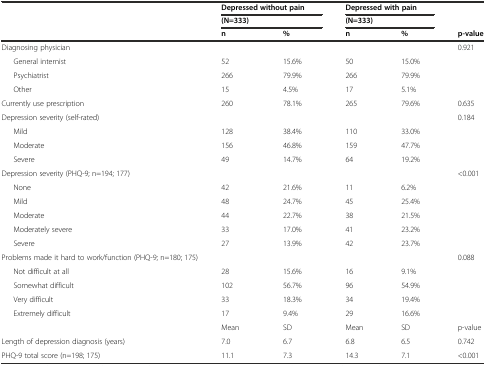
<table><thead><tr><td></td><td colspan="2"><b>Depressed without pain</b></td><td colspan="2"><b>Depressed with pain</b></td><td></td></tr><tr><td></td><td colspan="2"><b>(N=333)</b></td><td colspan="2"><b>(N=333)</b></td><td></td></tr><tr><td></td><td><b>n</b></td><td><b>%</b></td><td><b>n</b></td><td><b>%</b></td><td><b>p-value</b></td></tr></thead><tbody><tr><td>Diagnosing physician</td><td></td><td></td><td></td><td></td><td>0.921</td></tr><tr><td>General internist</td><td>52</td><td>15.6%</td><td>50</td><td>15.0%</td><td></td></tr><tr><td>Psychiatrist</td><td>266</td><td>79.9%</td><td>266</td><td>79.9%</td><td></td></tr><tr><td>Other</td><td>15</td><td>4.5%</td><td>17</td><td>5.1%</td><td></td></tr><tr><td>Currently use prescription</td><td>260</td><td>78.1%</td><td>265</td><td>79.6%</td><td>0.635</td></tr><tr><td>Depression severity (self-rated)</td><td></td><td></td><td></td><td></td><td>0.184</td></tr><tr><td>Mild</td><td>128</td><td>38.4%</td><td>110</td><td>33.0%</td><td></td></tr><tr><td>Moderate</td><td>156</td><td>46.8%</td><td>159</td><td>47.7%</td><td></td></tr><tr><td>Severe</td><td>49</td><td>14.7%</td><td>64</td><td>19.2%</td><td></td></tr><tr><td>Depression severity (PHQ-9; n=194; 177)</td><td></td><td></td><td></td><td></td><td>&lt;0.001</td></tr><tr><td>None</td><td>42</td><td>21.6%</td><td>11</td><td>6.2%</td><td></td></tr><tr><td>Mild</td><td>48</td><td>24.7%</td><td>45</td><td>25.4%</td><td></td></tr><tr><td>Moderate</td><td>44</td><td>22.7%</td><td>38</td><td>21.5%</td><td></td></tr><tr><td>Moderately severe</td><td>33</td><td>17.0%</td><td>41</td><td>23.2%</td><td></td></tr><tr><td>Severe</td><td>27</td><td>13.9%</td><td>42</td><td>23.7%</td><td></td></tr><tr><td>Problems made it hard to work/function (PHQ-9; n=180; 175)</td><td></td><td></td><td></td><td></td><td>0.088</td></tr><tr><td>Not difficult at all</td><td>28</td><td>15.6%</td><td>16</td><td>9.1%</td><td></td></tr><tr><td>Somewhat difficult</td><td>102</td><td>56.7%</td><td>96</td><td>54.9%</td><td></td></tr><tr><td>Very difficult</td><td>33</td><td>18.3%</td><td>34</td><td>19.4%</td><td></td></tr><tr><td>Extremely difficult</td><td>17</td><td>9.4%</td><td>29</td><td>16.6%</td><td></td></tr><tr><td></td><td>Mean</td><td>SD</td><td>Mean</td><td>SD</td><td>p-value</td></tr><tr><td>Length of depression diagnosis (years)</td><td>7.0</td><td>6.7</td><td>6.8</td><td>6.5</td><td>0.742</td></tr><tr><td>PHQ-9 total score (n=198; 175)</td><td>11.1</td><td>7.3</td><td>14.3</td><td>7.1</td><td>&lt;0.001</td></tr></tbody></table>